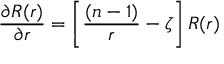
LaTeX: { \frac { \partial R ( r ) } { \partial r } } = \left[ { \frac { ( n - 1 ) } { r } } - \zeta \right] R ( r )